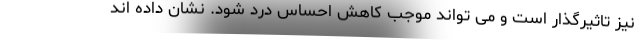
نیز تاثیرگذار است و می تواند موجب کاهش احساس درد شود. نشان داده اند